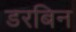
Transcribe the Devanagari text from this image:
डरबिन